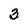
Character: 3